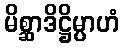
မိစ္ဆာဒိဋ္ဌိမ္ပာဟံ